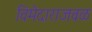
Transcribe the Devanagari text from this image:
विमेदाराजवळ